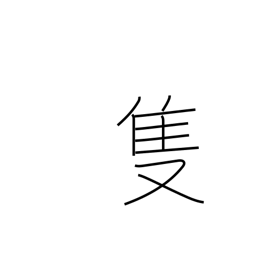
Meaning: one of a pair